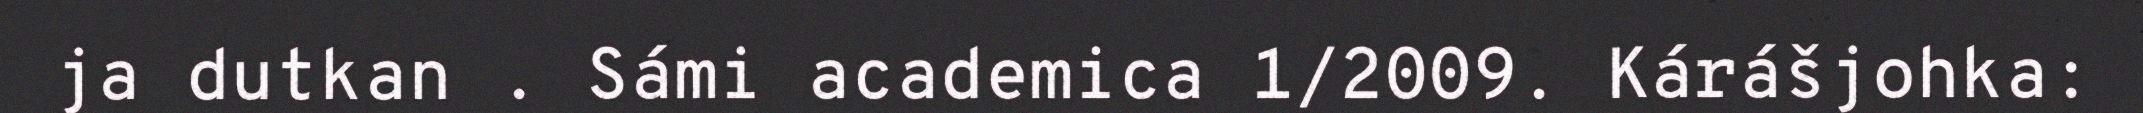
ja dutkan . Sámi academica 1/2009. Kárášjohka: